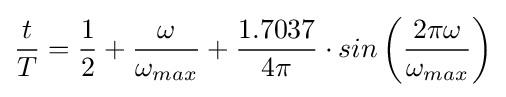
{\frac {t}{T}}={\frac {1}{2}}+{\frac {\omega }{\omega _{max}}}+{\frac {1.7037}{4\pi }}\cdot sin\left({\frac {2\pi \omega }{\omega _{max}}}\right)